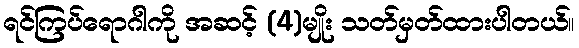
ရင်ကြပ်ရောဂါကို အဆင့် (4)မျိုး သတ်မှတ်ထားပါတယ်။